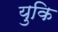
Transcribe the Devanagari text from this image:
युकि